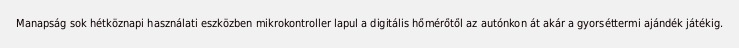
Manapság sok hétköznapi használati eszközben mikrokontroller lapul a digitális hőmérőtől az autónkon át akár a gyorséttermi ajándék játékig.